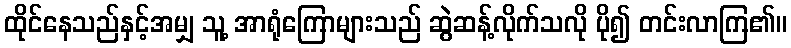
ထိုင်နေသည်နှင့်အမျှ သူ့ အာရုံကြောများသည် ဆွဲဆန့်လိုက်သလို ပို၍ တင်းလာကြ၏။